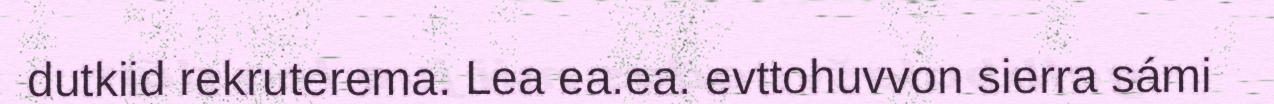
dutkiid rekruterema. Lea ea.ea. evttohuvvon sierra sámi